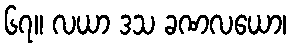
၆၇။ လယာ ဒသ ခဏလယော၊